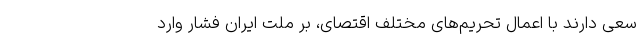
سعی دارند با اعمال تحریم‌های مختلف اقتصای، بر ملت ایران فشار وارد